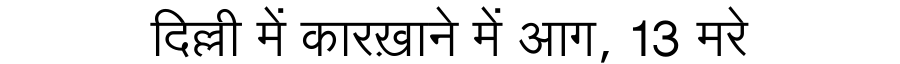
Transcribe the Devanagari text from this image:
दिल्ली में कारख़ाने में आग, 13 मरे